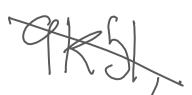
Text: 9K51,
Cross-out: diagonal
Writing tool: digital_gray